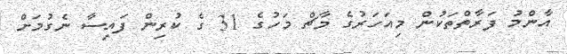
އާންމު ފަރާތްތަކުން މިއަހަރުގެ މާޗް މަހުގެ 31 ގެ ކުރިން ފަައިސާ ނެގުމަށް